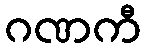
ဂဏကီ